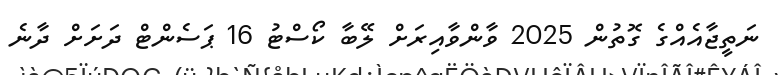
ނަތީޖާއެއްގެ ގޮތުން 2025 ވާންވާއިރަށް ލޭބާ ކޯސްޓު 16 ޕަސެންޓް ދަށަށް ދާނެ